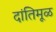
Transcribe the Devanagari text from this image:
दांतिमूळ